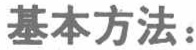
基本方法：